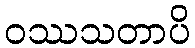
ဝဿသတာပိ